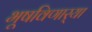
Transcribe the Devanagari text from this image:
भूषविणार्‍या